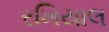
રખિયાલ